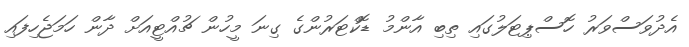
އެދުވަސްވަރު ހޮސްޕިޓަލުގައި ތިބި އާންމު ޑޮކްޓަރުންގެ ގިނަ މީހުން ޗުއްޓީއަށް ދާން ހަމަޖެހިފައި